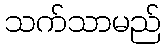
သက်သာမည်